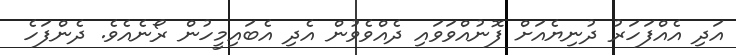
އަދި އެއްފަހަރު ދުނިޔެއަށް ފޮނުއްވަވައި ދެއްވެވުން އެދި އެބައިމީހުން ރޯނެއެވެ. ދެންފަހެ